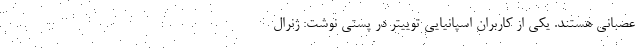
عصبانی هستند. یکی از کاربران اسپانیایی توییتر در پستی نوشت: ژنرال